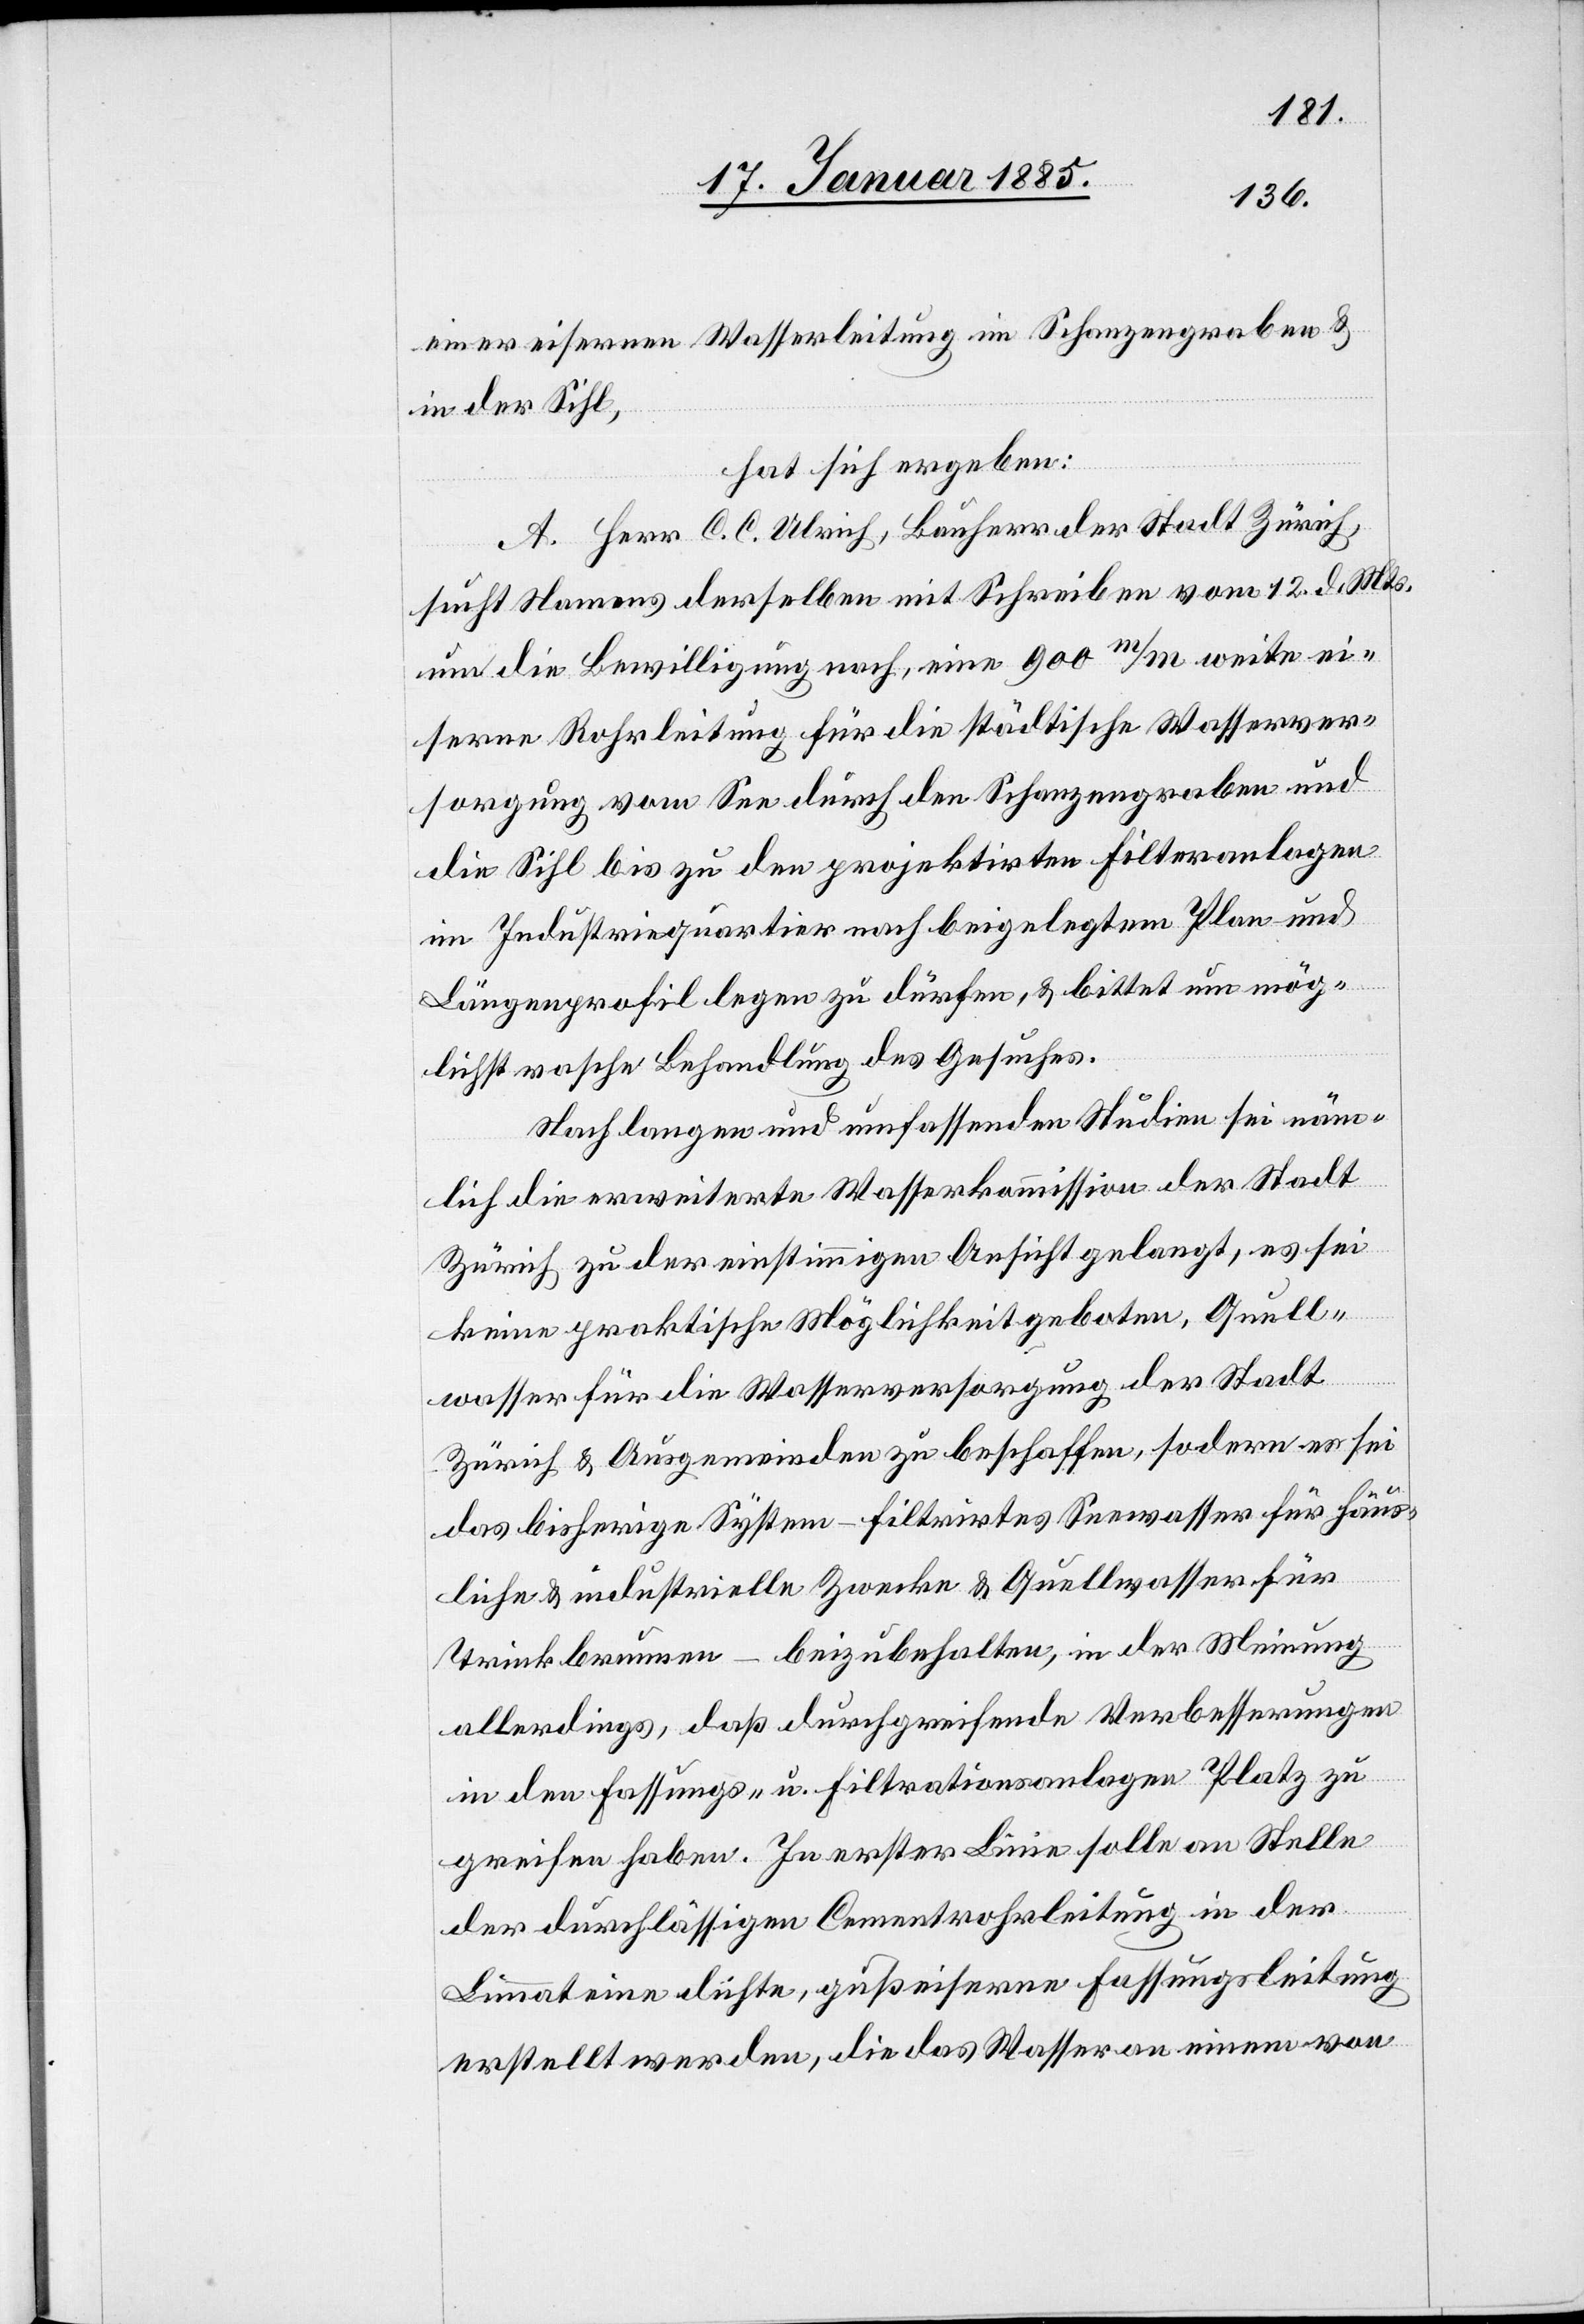
einer eisernen Wasserleitung im Schanzengraben &
in der Sihl,
hat sich ergeben:
A. Herr C. C. Ulrich, Bauherr der Stadt Zürich,
sucht Namens derselben mit Schreiben vom 12. d. Mts.
um die Bewilligung nach, eine 900 mm weite ei¬
serne Rohrleitung für die städtische Wasserver¬
sorgung vom See durch den Schanzengraben und
die Sihl bis zu den projektirten Filteranlagen
im Industriequartier nach beigelegtem Plan und
Längenprofil legen zu dürfen, & bittet um mög¬
lichst rasche Behandlung des Gesuches.
Nach langen und umfassenden Studien sei näm¬
lich die erweiterte Wasserkommission der Stadt
Zürich zu der einstimmigen Ansicht gelangt, es sei
keine praktische Möglichkeit geboten, Quell¬
wasser für die Wasserversorgung der Stadt
Zürich & Ausgemeinden zu beschaffen, so[n]dern es sei
das bisherige System – filtrirtes Seewasser für häus¬
liche & industrielle Zwecke & Quellwasser für
Trinkbrunnen – beizubehalten, in der Meinung
allerdings, daß durchgreifende Verbesserungen
in den Fassungs- u. Filtrationsanlagen Platz zu
greifen haben. In erster Linie solle an Stelle
der durchlässigen Cemmentrohrleitung in der
Limmat eine dichte, gußeiserne Fassungsleitung
erstellt werden, die das Wasser an einem von